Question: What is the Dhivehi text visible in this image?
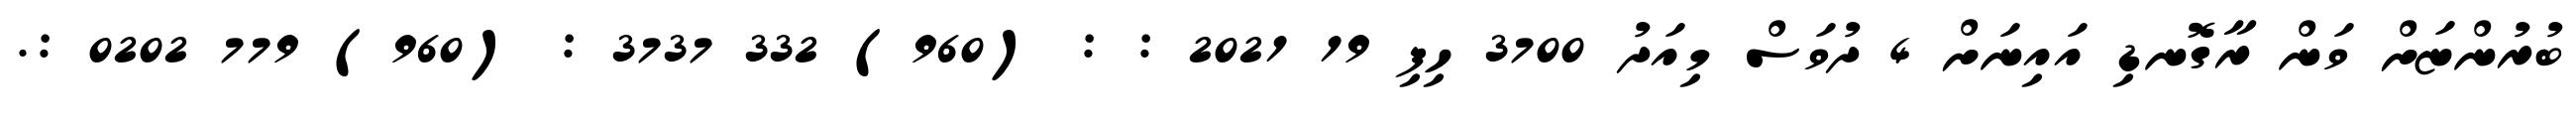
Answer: ބުރުންޏަށް ވަން ރާގޮނޑި އައިނަށް 4 ދުވަސް މިއަދު 3700 ހިފި 19 2021 : : (960) 332 3737 : (960) 779 0202 :.